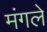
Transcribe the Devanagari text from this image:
मंगले